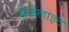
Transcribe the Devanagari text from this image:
सेफलाइट